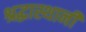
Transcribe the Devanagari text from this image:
श्रद्धास्थानी